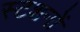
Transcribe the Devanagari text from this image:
स्टशनों